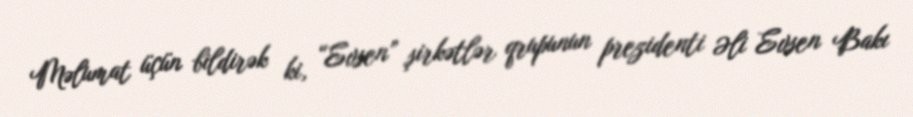
Məlumat üçün bildirək ki, “Evsen” şirkətlər qrupunun prezidenti Əli Evsen Bakı